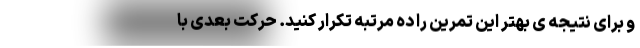
و برای نتیجه ی بهتر این تمرین را ده مرتبه تکرار کنید. حرکت بعدی با